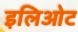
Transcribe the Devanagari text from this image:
इलिओट